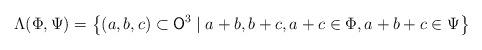
LaTeX: \begin{align*} \Lambda(\Phi,\Psi) = \left\lbrace (a,b,c) \subset \mathsf{O}^3 \mid a+b, b+c, a+c \in \Phi, a+b+c \in \Psi \right\rbrace \end{align*}